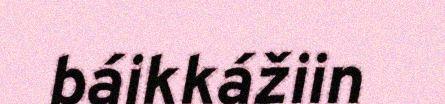
báikkážiin